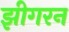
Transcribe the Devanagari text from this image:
झीगरन